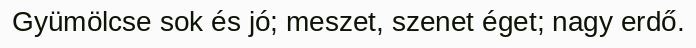
Gyümölcse sok és jó; meszet, szenet éget; nagy erdő.